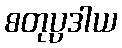
စတုပ္ပဒါယ